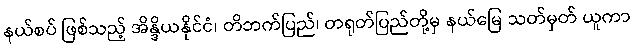
နယ်စပ် ဖြစ်သည့် အိန္ဒိယနိုင်ငံ၊ တိဘက်ပြည်၊ တရုတ်ပြည်တို့မှ နယ်မြေ သတ်မှတ် ယူကာ